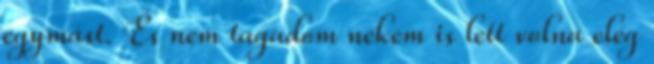
egymást. És nem tagadom nekem is lett volna elég